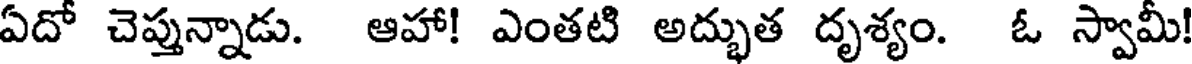
ఏదో చెప్తున్నాడు. ఆహా! ఎంతటి అద్భుత దృశ్యం. ఓ స్వామీ!